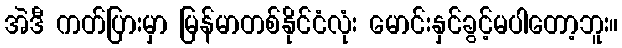
အဲဒီ ကတ်ပြားမှာ မြန်မာတစ်နိုင်ငံလုံး မောင်းနှင်ခွင့်မပါတော့ဘူး။